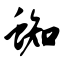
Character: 蜘